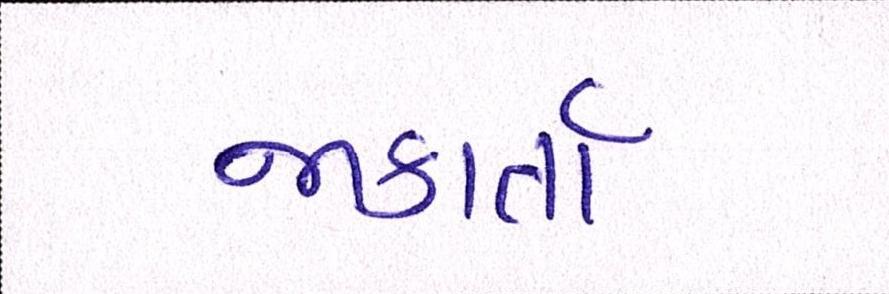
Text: જાકાર્તા